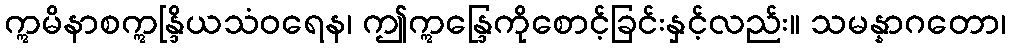
ဣမိနာစဣန္ဒြိယသံဝရေန၊ ဤဣန္ဒြေကိုစောင့်ခြင်းနှင့်လည်း။ သမန္နာဂတော၊